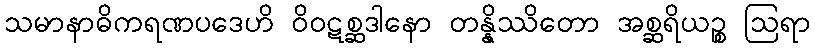
သမာနာဓိကရဏပဒေဟိ ဝိဝဋစ္ဆဒါနော တန္နိဿိတော အစ္ဆရိယဉ္စ ဩရာ